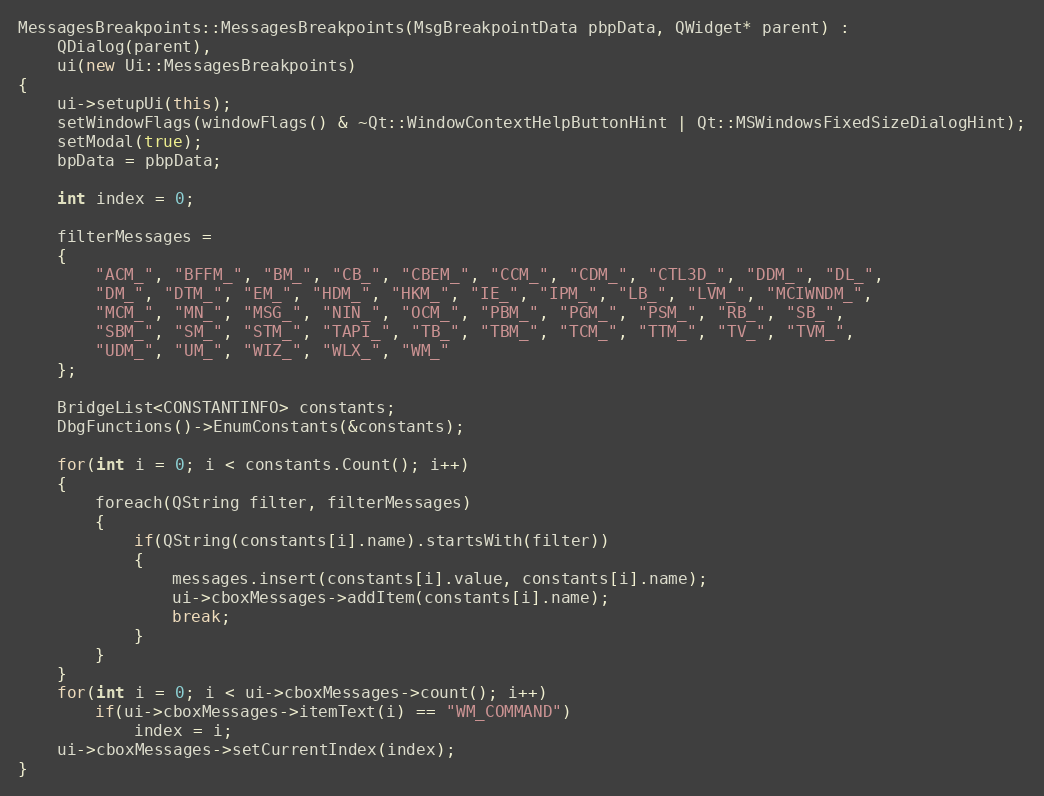
Language: C++
MessagesBreakpoints::MessagesBreakpoints(MsgBreakpointData pbpData, QWidget* parent) :
    QDialog(parent),
    ui(new Ui::MessagesBreakpoints)
{
    ui->setupUi(this);
    setWindowFlags(windowFlags() & ~Qt::WindowContextHelpButtonHint | Qt::MSWindowsFixedSizeDialogHint);
    setModal(true);
    bpData = pbpData;

    int index = 0;

    filterMessages =
    {
        "ACM_", "BFFM_", "BM_", "CB_", "CBEM_", "CCM_", "CDM_", "CTL3D_", "DDM_", "DL_",
        "DM_", "DTM_", "EM_", "HDM_", "HKM_", "IE_", "IPM_", "LB_", "LVM_", "MCIWNDM_",
        "MCM_", "MN_", "MSG_", "NIN_", "OCM_", "PBM_", "PGM_", "PSM_", "RB_", "SB_",
        "SBM_", "SM_", "STM_", "TAPI_", "TB_", "TBM_", "TCM_", "TTM_", "TV_", "TVM_",
        "UDM_", "UM_", "WIZ_", "WLX_", "WM_"
    };

    BridgeList<CONSTANTINFO> constants;
    DbgFunctions()->EnumConstants(&constants);

    for(int i = 0; i < constants.Count(); i++)
    {
        foreach(QString filter, filterMessages)
        {
            if(QString(constants[i].name).startsWith(filter))
            {
                messages.insert(constants[i].value, constants[i].name);
                ui->cboxMessages->addItem(constants[i].name);
                break;
            }
        }
    }
    for(int i = 0; i < ui->cboxMessages->count(); i++)
        if(ui->cboxMessages->itemText(i) == "WM_COMMAND")
            index = i;
    ui->cboxMessages->setCurrentIndex(index);
}